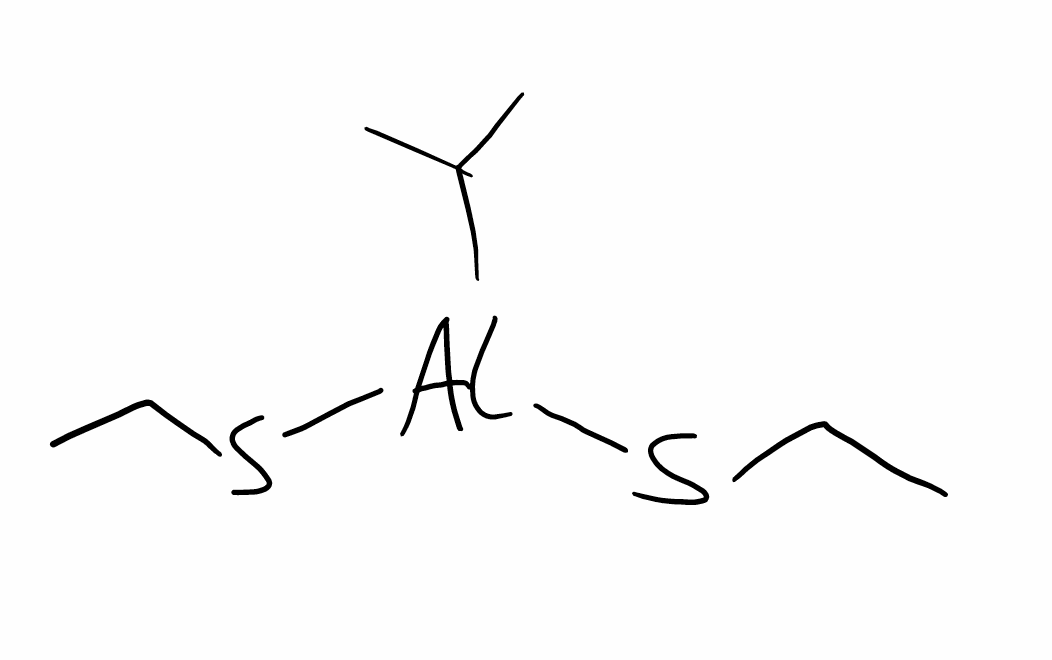
Simplified molecular-input line-entry system (SMILES) notation of the given molecule:
CCS[Al](C(C)C)SCC